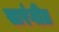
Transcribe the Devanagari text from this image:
सारंगीत